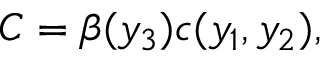
C = \beta ( y _ { 3 } ) c ( y _ { 1 } , y _ { 2 } ) ,